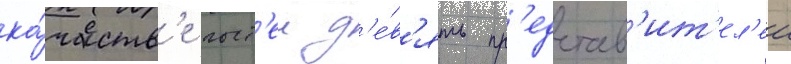
ка́честв'е гост'еи д'е́в'ять пр'едстав'ит'ел'еи